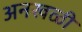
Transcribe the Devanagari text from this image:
अनखळी